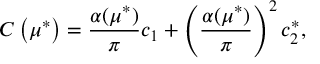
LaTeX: C \left( \mu ^ { * } \right) = \frac { \alpha ( \mu ^ { * } ) } { \pi } c _ { 1 } + \left( \frac { \alpha ( \mu ^ { * } ) } { \pi } \right) ^ { 2 } c _ { 2 } ^ { * } ,